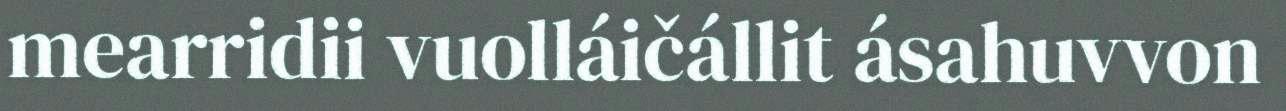
mearridii vuolláičállit ásahuvvon